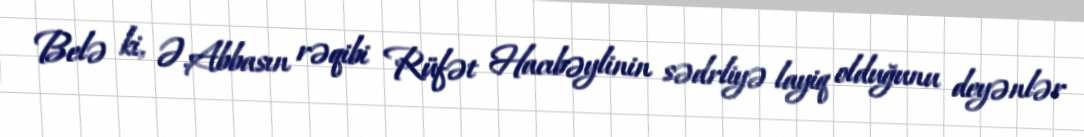
Belə ki, Ə.Abbasın rəqibi Rüfət Hacıbəylinin sədrliyə layiq olduğunu deyənlər